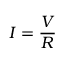
I = { \frac { V } { R } }